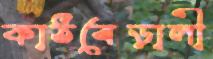
কাঠবেড়ালী